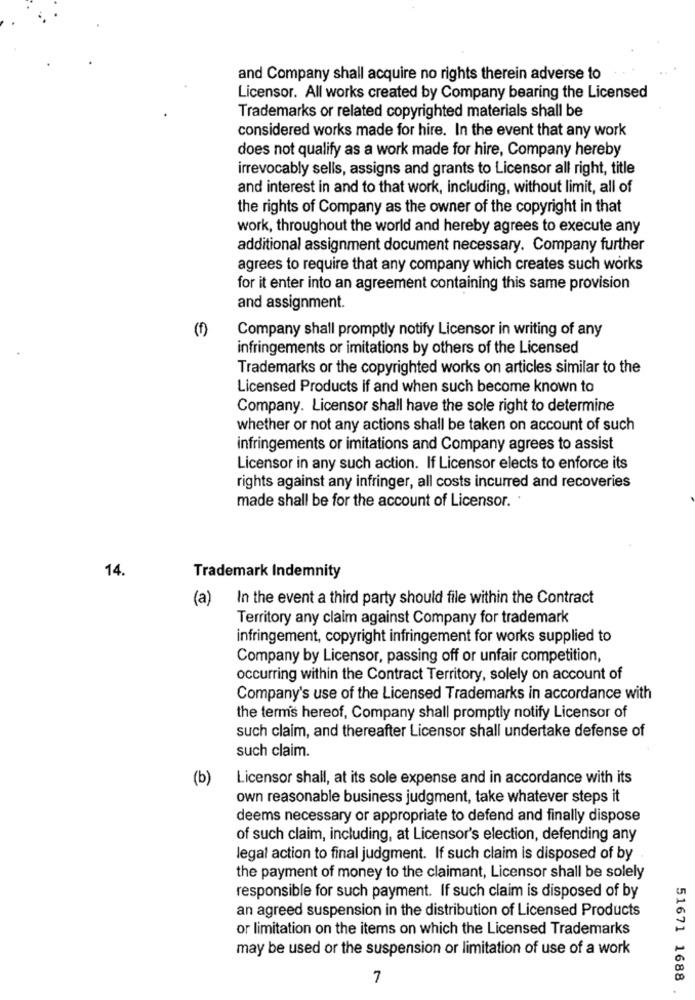
and Company shall acquire no rights therein adverse to
Licensor. All works created by Company bearing the Licensed
Trademarks or related copyrighted materials shall be
considered works made for hire. In the event that any work
does not qualify as a work made for hire, Company hereby
irrevocably sells, assigns and grants to Licensor all right, title
and interest in and to that work, including, without limit, all of
the rights of Company as the owner of the copyright in that
work, throughout the world and hereby agrees to execute any
additional assignment document necessary. Company further
agrees to require that any company which creates such works
for it enter into an agreement containing this same provision
and assignment.
(1)
Company shall promptly notify Licensor in writing of any
infringements or imitations by others of the Licensed
Trademarks or the copyrighted works on articles similar to the
Licensed Products if and when such become known to
Company. Licensor shall have the sole right to determine
whether or not any actions shall be taken on account of such
infringements or imitations and Company agrees to assist
Licensor in any such action. If Licensor elects to enforce its
rights against any infringer, all costs incurred and recoveries
made shall be for the account of Licensor. .
14
Trademark Indemnity
(a)
In the event a third party should file within the Contract
Territory any claim against Company for trademark
infringement, copyright infringement for works supplied to
Company by Licensor, passing off or unfair competition,
occurring within the Contract Territory, solely on account of
Company's use of the Licensed Trademarks in accordance with
the terms hereof, Company shall promptly notify Licensor of
such claim, and thereafter Licensor shall undertake defense of
such claim.
(b)
Licensor shall, at its sole expense and in accordance with its
own reasonable business judgment, take whatever steps it
deems necessary or appropriate to defend and finally dispose
of such claim, including, at Licensor's election, defending any
legal action to final judgment. If such claim is disposed of by
the payment of money to the claimant, Licensor shall be solely
responsible for such payment. If such claim is disposed of by
an agreed suspension in the distribution of Licensed Products
or limitation on the items on which the Licensed Trademarks
may be used or the suspension or limitation of use of a work
7
51671 1688